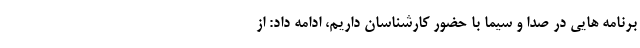
برنامه هایی در صدا و سیما با حضور کارشناسان داریم، ادامه داد: از